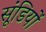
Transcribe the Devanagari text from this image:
सूंडियों